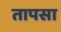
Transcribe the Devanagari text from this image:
तापसा